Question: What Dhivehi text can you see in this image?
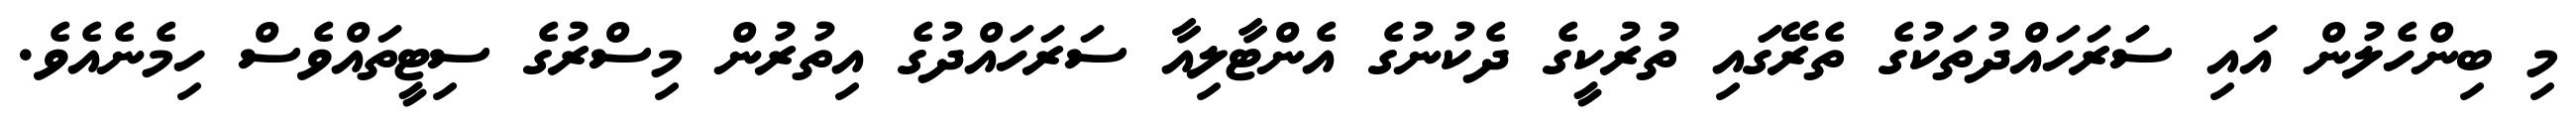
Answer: މި ބިންހެލުން އައި ސަރަހައްދުތަކުގެ ތެރޭގަައި ތުރުކީގެ ދެކުނުގެ އެންޓާލިއާ ސަރަހައްދުގެ އިތުރުން މިސްރުގެ ސިޓީތައްވެސް ހިމެނެއެވެ.